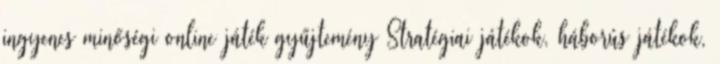
ingyenes minőségi online játék gyűjtemény Stratégiai játékok, háborús játékok,